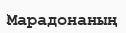
Марадонаның